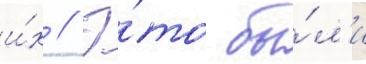
и́х // Э́то бы́л'и